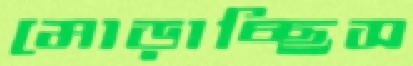
মোড়াচ্ছিস